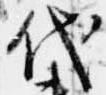
代